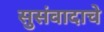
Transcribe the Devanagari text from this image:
सुसंवादाचे